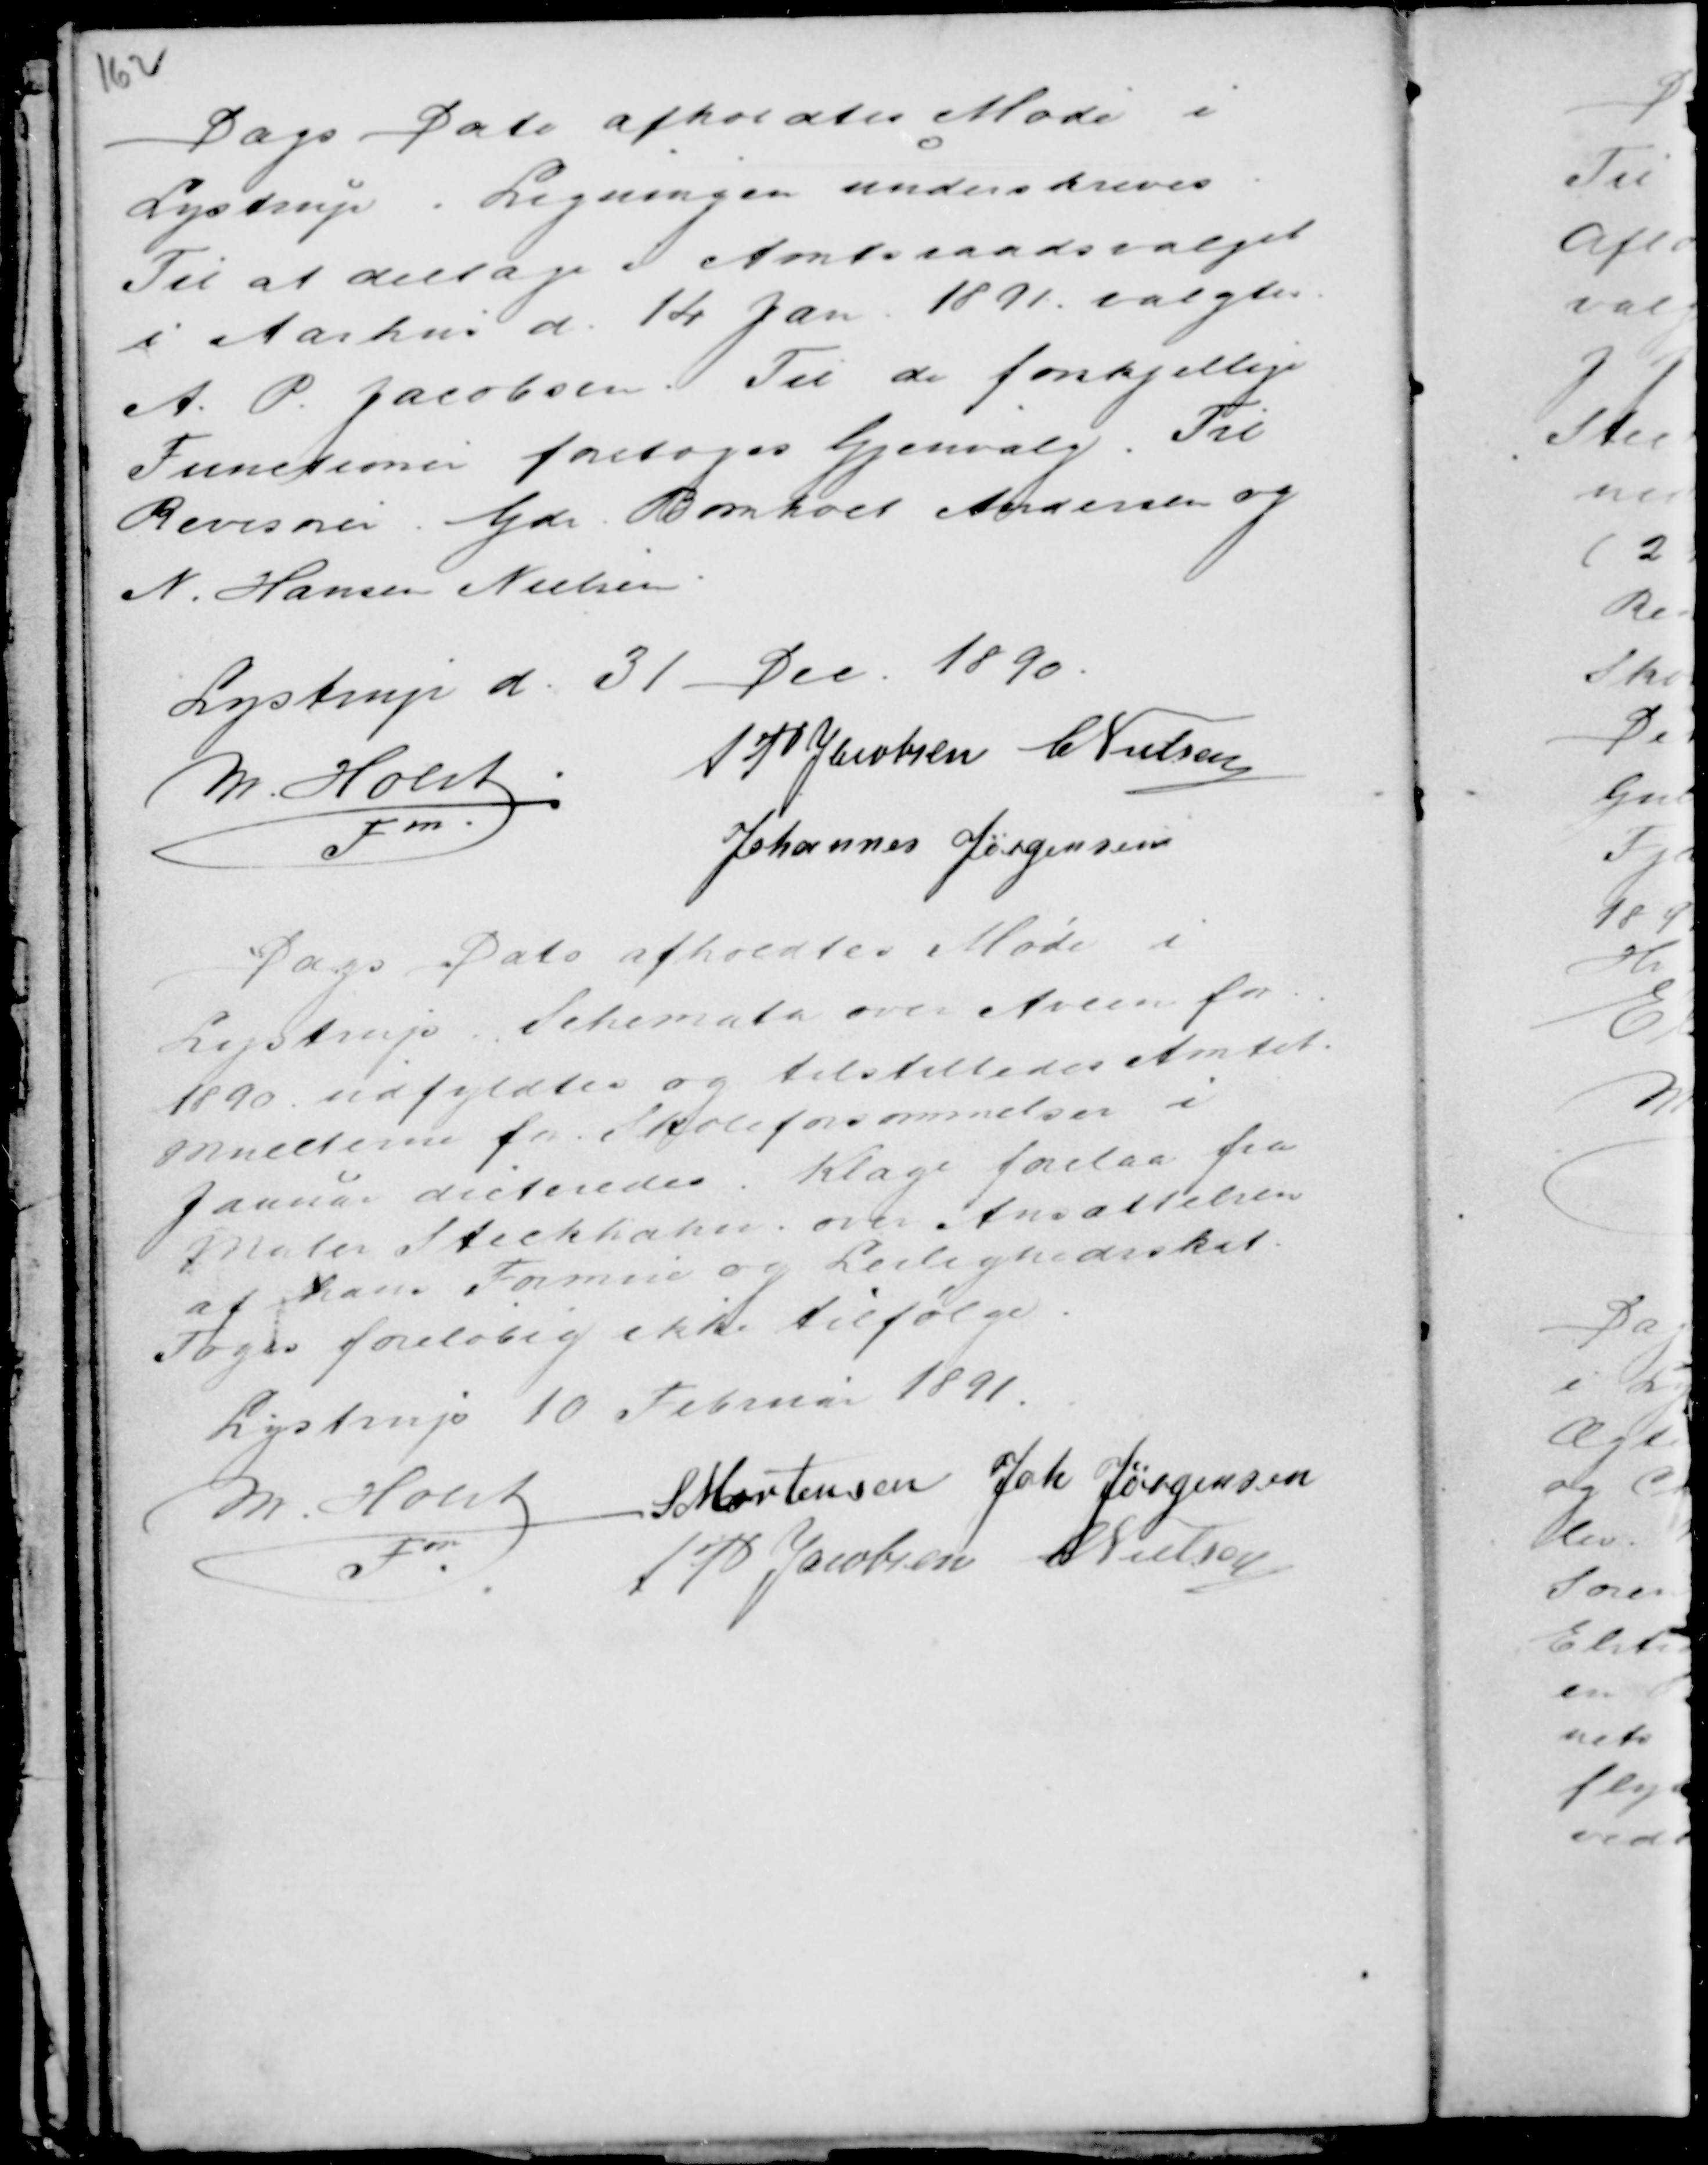
Transskription:
Dags Dato afholdtes Møde i
Lystrup. Ligningen underskreves
Til at deltage i Amtsraadsvalget
i Aarhus d. 14 Jan 1891 valgtes
A. P. Jacobsen. Til de forskjellige
Functioner foretoges Gjenvalg. Til
Revisorer Gdr Bomholt Andersen og
N. Hansen Nielsen.

Lystrup d. 31 Dec. 1890.
M. Holst .
Fm.
AP Jacobsen C Nielsen
Johannes Jørgensen

Dags Dato afholdtes Møde i
Lystrup. Schemata over Avlen for
1890 udfyldtes og tilstilledes Amtet.
Mulcterne for Skoleforsømmelser i
Januar dicteredes. Klage forelaa fra
Maler Steckhahn . over Ansættelsen
af hans Formue og Leilighedsskat.
Toges foreløbig ikke tilfølge .
Lystrup 10 Februar 1891.
M. Holst
Fm
S Mortensen Joh Jørgensen
AP Jacobsen C Nielsen